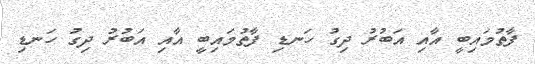
ފާތުމައިބީ އާއި އަބުރު ދިގު ހަނޑި ފާތުމައިބީ އާއި އަބުރު ދިގު ހަނޑި